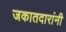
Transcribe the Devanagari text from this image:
जकातदारांनी